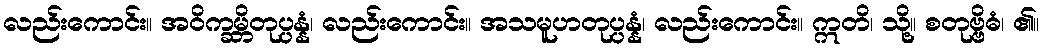
လည်းကောင်း။ အဝိက္ခမ္ဘိတုပ္ပန္နံ၊ လည်းကောင်း။ အသမူဟတုပ္ပန္နံ၊ လည်းကောင်း။ ဣတိ၊ သို့။ စတုဗ္ဗိဓံ၊ ၏။